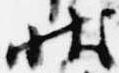
状